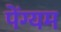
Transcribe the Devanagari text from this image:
पेंग्यम